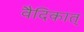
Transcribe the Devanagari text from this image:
वैदिकात्